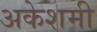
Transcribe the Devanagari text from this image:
अकेशमी